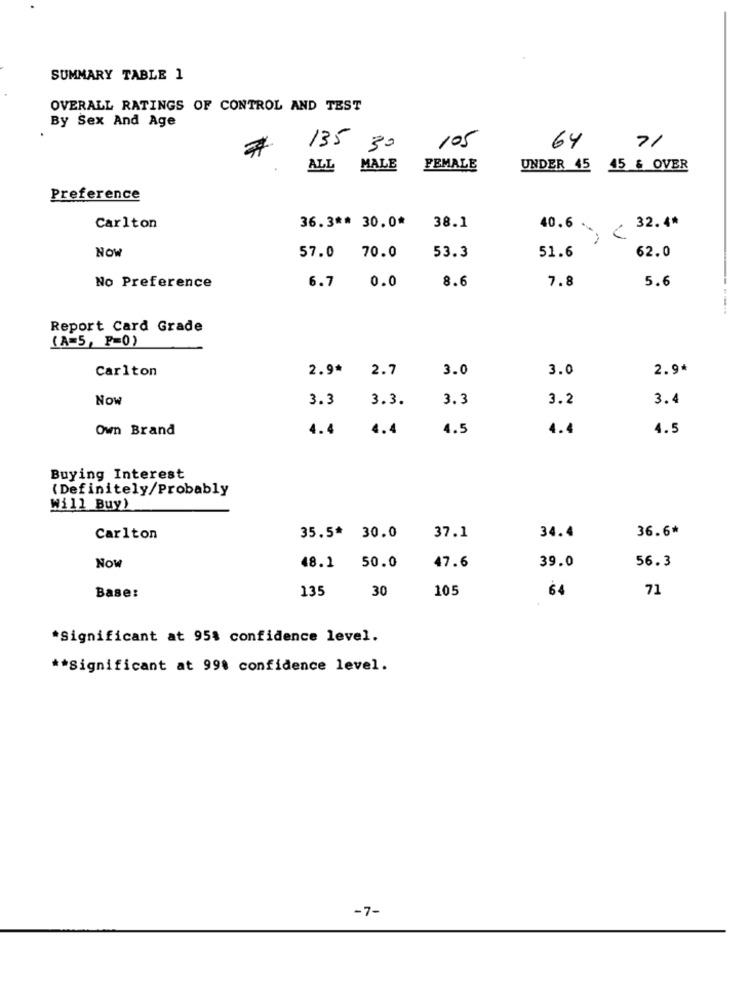
SUMMARY TABLE 1
OVERALL RATINGS OF CONTROL AND TEST
By Sex And Age
105
135 30
64
71
ALL MALE
FEMALE
UNDER 45 45 & OVER
Preference
Carlton
36.3 ** 30.0* 38.1
32.4*
40.6 C
NOW
62.0
57.0 70.0
53.3
51.6
8.6
5.6
No Preference
6.7
0.0
7.8
Report Card Grade
(A=5, P=0)
Carlton
2.9* 2.7
3.0
3.0
2.9*
Now
3.3
3.3.
3.3
3.2
3.4
Own Brand
4.4
4.4
4.5
4.4
4.5
Buying Interest
(Definitely/Probably
Will Buy)
36.6*
Carlton
35.5* 30.0
37.1
34.4
Now
48.1
50.0
47.6
39.0
56.3
135
30
105
71
Base:
64
*Significant at 95% confidence level.
** Significant at 998 confidence level.
-7-